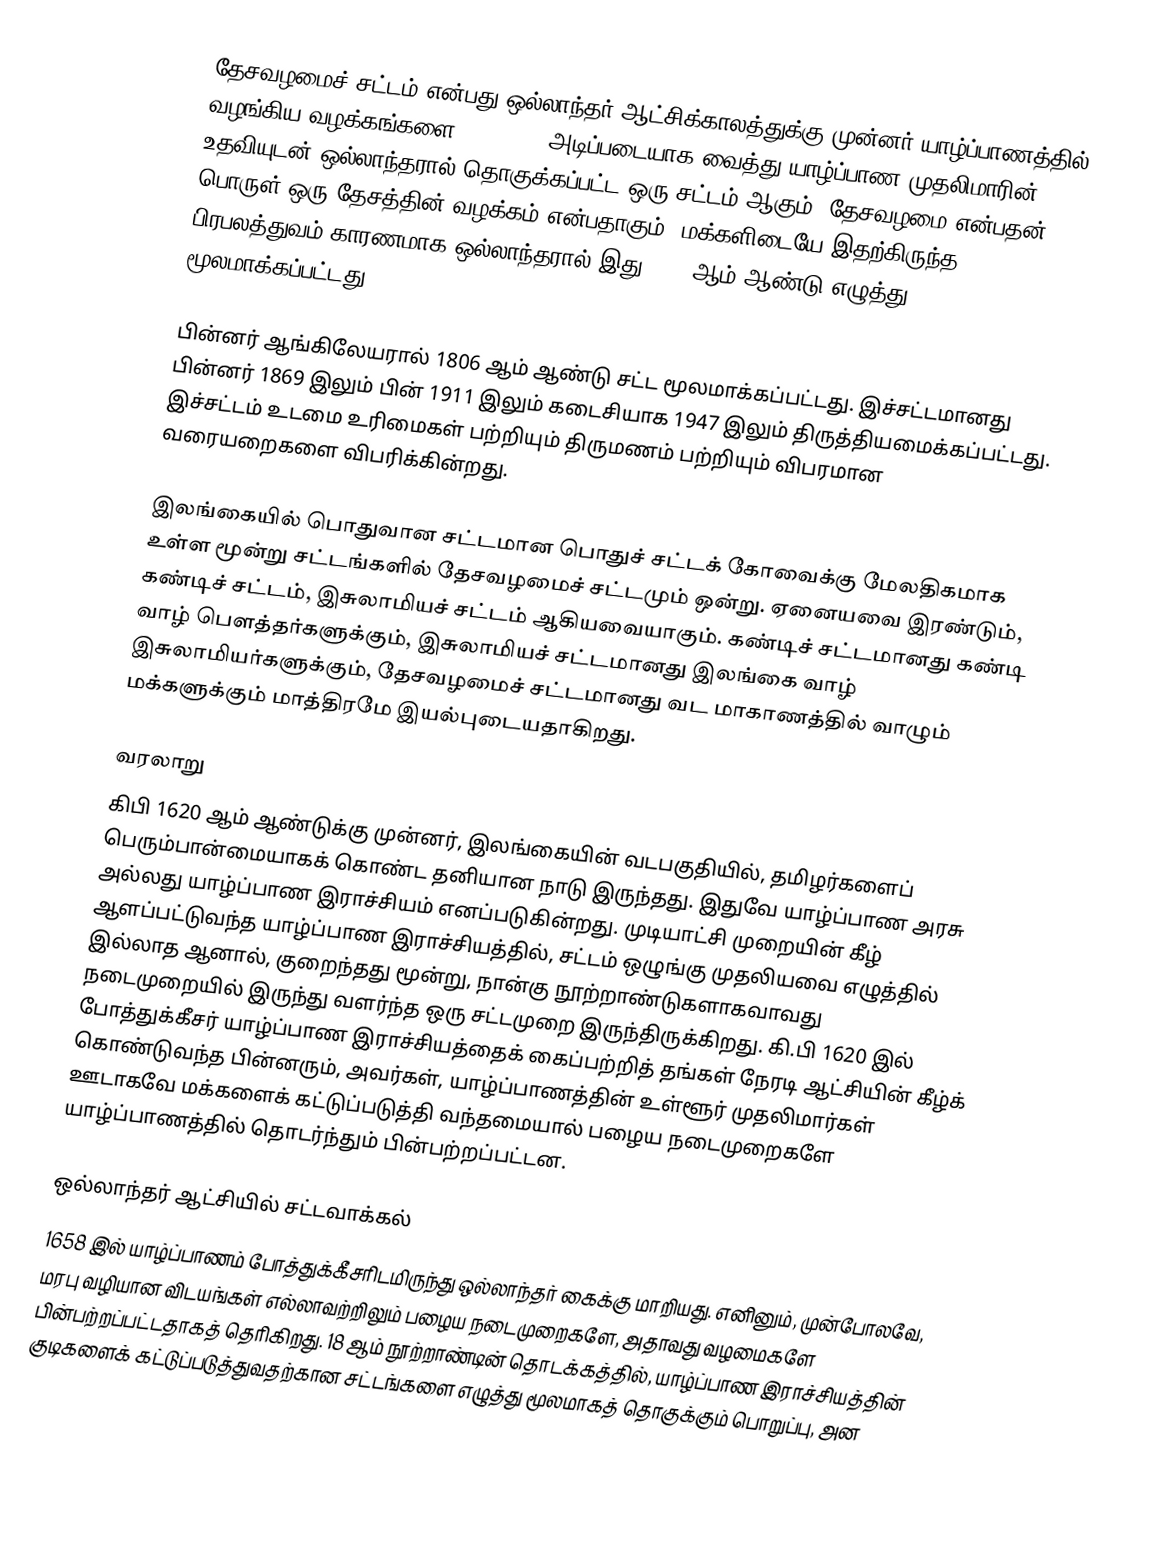
தேசவழமைச் சட்டம் என்பது ஒல்லாந்தர் ஆட்சிக்காலத்துக்கு முன்னர் யாழ்ப்பாணத்தில் வழங்கிய வழக்கங்களை (customs) அடிப்படையாக வைத்து யாழ்ப்பாண முதலிமாரின் உதவியுடன் ஒல்லாந்தரால் தொகுக்கப்பட்ட ஒரு சட்டம் ஆகும். தேசவழமை என்பதன் பொருள் ஒரு தேசத்தின் வழக்கம் என்பதாகும். மக்களிடையே இதற்கிருந்த பிரபலத்துவம் காரணமாக ஒல்லாந்தரால் இது 1707 ஆம் ஆண்டு எழுத்து மூலமாக்கப்பட்டது.

பின்னர் ஆங்கிலேயரால் 1806 ஆம் ஆண்டு சட்ட மூலமாக்கப்பட்டது. இச்சட்டமானது பின்னர் 1869 இலும் பின் 1911 இலும் கடைசியாக 1947 இலும் திருத்தியமைக்கப்பட்டது. இச்சட்டம் உடமை உரிமைகள் பற்றியும் திருமணம் பற்றியும் விபரமான வரையறைகளை விபரிக்கின்றது.

இலங்கையில் பொதுவான சட்டமான பொதுச் சட்டக் கோவைக்கு மேலதிகமாக உள்ள மூன்று சட்டங்களில் தேசவழமைச் சட்டமும் ஒன்று. ஏனையவை இரண்டும், கண்டிச் சட்டம், இசுலாமியச் சட்டம் ஆகியவையாகும். கண்டிச் சட்டமானது கண்டி வாழ் பெளத்தர்களுக்கும், இசுலாமியச் சட்டமானது இலங்கை வாழ் இசுலாமியர்களுக்கும், தேசவழமைச் சட்டமானது வட மாகாணத்தில் வாழும் மக்களுக்கும் மாத்திரமே இயல்புடையதாகிறது.

வரலாறு
கிபி 1620 ஆம் ஆண்டுக்கு முன்னர், இலங்கையின் வடபகுதியில், தமிழர்களைப் பெரும்பான்மையாகக் கொண்ட தனியான நாடு இருந்தது. இதுவே யாழ்ப்பாண அரசு அல்லது யாழ்ப்பாண இராச்சியம் எனப்படுகின்றது. முடியாட்சி முறையின் கீழ் ஆளப்பட்டுவந்த யாழ்ப்பாண இராச்சியத்தில், சட்டம் ஒழுங்கு முதலியவை எழுத்தில் இல்லாத ஆனால், குறைந்தது மூன்று, நான்கு நூற்றாண்டுகளாகவாவது நடைமுறையில் இருந்து வளர்ந்த ஒரு சட்டமுறை இருந்திருக்கிறது. கி.பி 1620 இல் போத்துக்கீசர் யாழ்ப்பாண இராச்சியத்தைக் கைப்பற்றித் தங்கள் நேரடி ஆட்சியின் கீழ்க் கொண்டுவந்த பின்னரும், அவர்கள், யாழ்ப்பாணத்தின் உள்ளூர் முதலிமார்கள் ஊடாகவே மக்களைக் கட்டுப்படுத்தி வந்தமையால் பழைய நடைமுறைகளே யாழ்ப்பாணத்தில் தொடர்ந்தும் பின்பற்றப்பட்டன.

ஒல்லாந்தர் ஆட்சியில் சட்டவாக்கல்
1658 இல் யாழ்ப்பாணம் போத்துக்கீசரிடமிருந்து ஒல்லாந்தர் கைக்கு மாறியது. எனினும், முன்போலவே, மரபு வழியான விடயங்கள் எல்லாவற்றிலும் பழைய நடைமுறைகளே, அதாவது வழமைகளே பின்பற்றப்பட்டதாகத் தெரிகிறது. 18 ஆம் நூற்றாண்டின் தொடக்கத்தில், யாழ்ப்பாண இராச்சியத்தின் குடிகளைக் கட்டுப்படுத்துவதற்கான சட்டங்களை எழுத்து மூலமாகத் தொகுக்கும் பொறுப்பு, அன